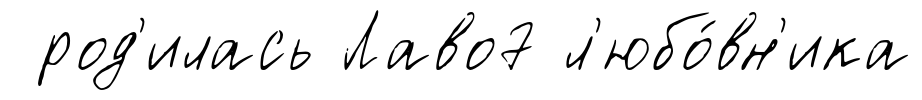
род'илась Лаво7 л'юбо́вн'ика